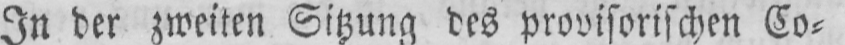
In der zweiten Sitzung des provisorischen Co⸗